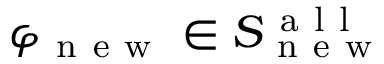
\varphi _ { \mathrm { ~ n ~ e ~ w ~ } } \in S _ { \mathrm { ~ n ~ e ~ w ~ } } ^ { \mathrm { ~ a ~ l ~ l ~ } }